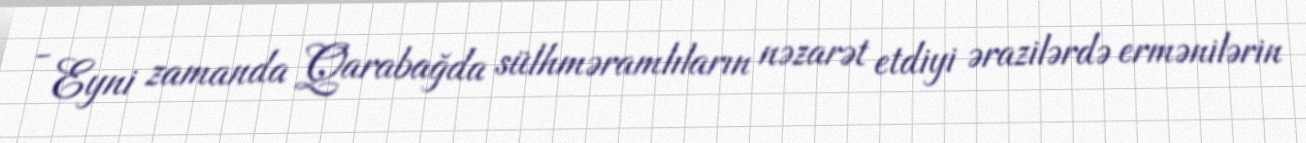
- Eyni zamanda Qarabağda sülhməramlıların nəzarət etdiyi ərazilərdə ermənilərin